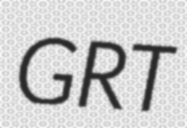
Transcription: GRT